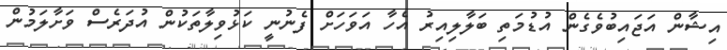
އިޝާން އަޖައިބުވެގެން އުޑުމަތި ބަލާލިއިރު އެހާ އަވަހަށް ފެނުނީ ކަޅުވިލާތަކުން އުދަރެސް ވަށާލަމުން